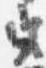
宮